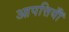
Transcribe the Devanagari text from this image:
आपत्तियॉँ